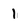
Character: 1